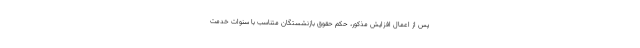
پس از اعمال افزایش مذکور، حکم حقوق بازنشستگان متناسب با سنوات خدمت